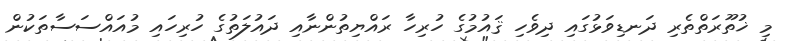
މި ޚުތޫރަތްތެރި ދަނޑިވަޅުގައި ދިވެހި ޤައުމުގެ ހުރިހާ ރައްޔިތުންނާއި ދައުލަތުގެ ހުރިހައި މުއައްސަސާތަކުން